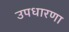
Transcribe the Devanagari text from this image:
उपधारणा